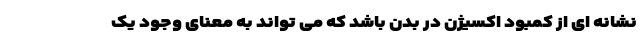
نشانه ای از کمبود اکسیژن در بدن باشد که می تواند به معنای وجود یک